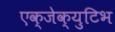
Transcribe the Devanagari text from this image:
एक्जेक्युटिभ